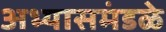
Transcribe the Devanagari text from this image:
अभ्यासमंडळे